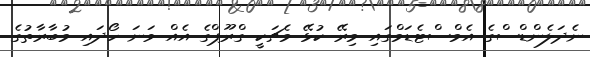
ނެދަލެންޑްސްގެ އެމްސްޓެޑަމްގައި މިރޭ ކުޅޭ މެޗަކީ ގްރޫޕްގެ އެއް ވަނަ ހޯދައި މުބާރާތުގެ